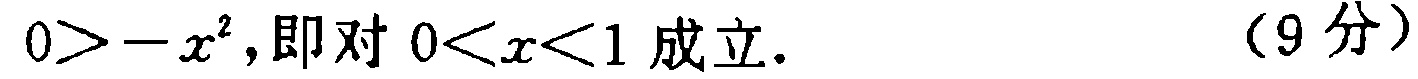
\(0>-x^{2},\)即对\(0<x<1\)成立. （9分）